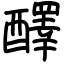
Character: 醳